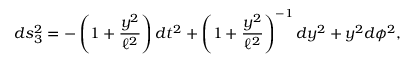
d s _ { 3 } ^ { 2 } = - \left( 1 + \frac { y ^ { 2 } } { \ell ^ { 2 } } \right) d t ^ { 2 } + \left( 1 + \frac { y ^ { 2 } } { \ell ^ { 2 } } \right) ^ { - 1 } d y ^ { 2 } + y ^ { 2 } d \phi ^ { 2 } ,